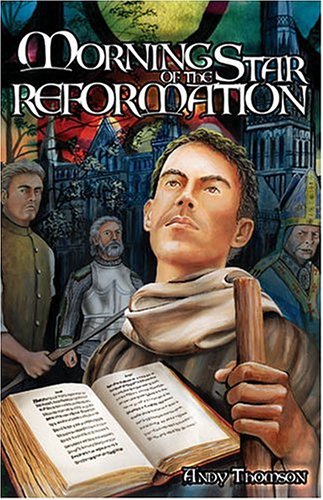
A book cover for Morning Star of the Reformation; Andy Thomson; Teen & Young Adult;